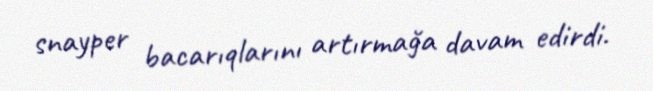
snayper bacarıqlarını artırmağa davam edirdi.